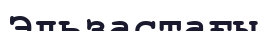
Эльзастағы